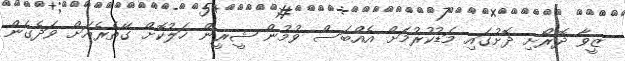
ޒީވާ ދޮރޯށި ދޮށުގައި މަޑުކުރުމަށް އެއްބަސް ވުމުން ޝީރީން ހަލުކޮށް ގޭތެރެއަށް ވަދެގެން